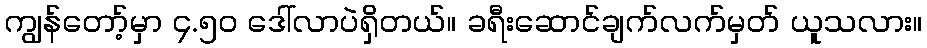
ကျွန်တော့်မှာ ၄.၅၀ ဒေါ်လာပဲရှိတယ်။ ခရီးဆောင်ချက်လက်မှတ် ယူသလား။